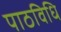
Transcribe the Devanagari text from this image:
पाठविधि